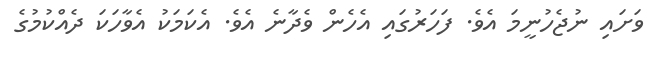
ވަށައި ނުޖެހުނީމަ އެވެ. ފަހަރުގައި އެހެން ވެދާނެ އެވެ. އެކަމަކު އެވާހަކަ ދެއްކުމުގެ